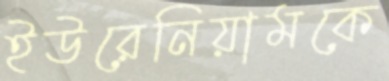
ইউরেনিয়ামকে